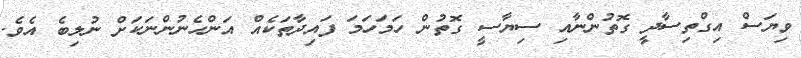
ވިޔަސް އިގްތިސާދީ ގޮތުންނާއި ސިޔާސީ ގޮތުން ހަމަހަމަ ފައިދާތަކެއް އަންހެނުންނަކަށް ނުލިބެ އެވެ.